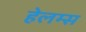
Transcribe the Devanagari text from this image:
हेलम्स